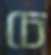
চে